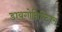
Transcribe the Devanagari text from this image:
डायगोनिस्टिक्‍स